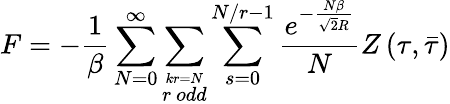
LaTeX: F=-\frac{1}{\beta}\sum_{N=0}^{\infty}\sum_{\stackrel{kr=N}{r\ odd}}\sum_{s=0}^{N/r-1}\frac{e^{-\frac{N\beta}{\sqrt{2}R}}}{N}Z\left(\tau,\bar{\tau}\right)